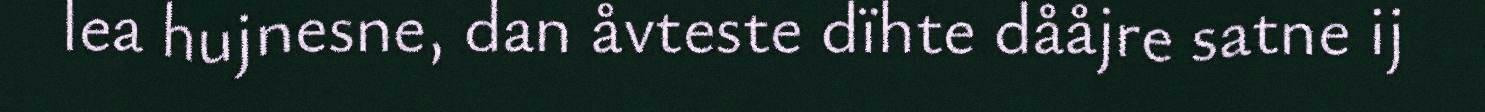
lea hujnesne, dan åvteste dïhte dååjre satne ij